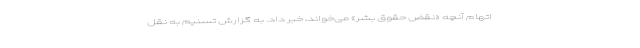
اتهام آنچه «نقض حقوق بشر» می‌خواند، خبر داد. به گزارش تسنیم به نقل